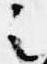
之